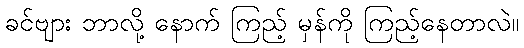
ခင်ဗျား ဘာလို့ နောက် ကြည့် မှန်ကို ကြည့်နေတာလဲ။